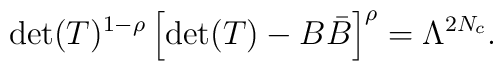
{\rm det}(T)^{1-\rho}\left[{\rm det}(T)-B{\bar B}\right]^\rho = \Lambda^{2N_c}.